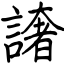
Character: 譇